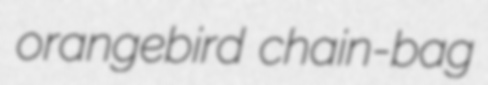
orangebird chain-bag